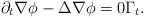
LaTeX: \begin{align*} \partial_t \nabla\phi -\Delta \nabla \phi =0 \Gamma_t. \end{align*}